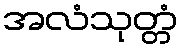
အလံသုတ္တံ